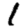
Digit: 1